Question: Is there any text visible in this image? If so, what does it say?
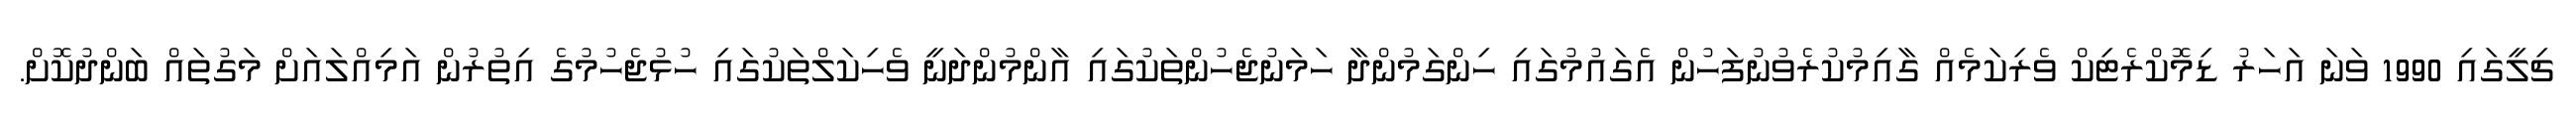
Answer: ޗިލީގައި 1990 ވަނަ އަހަރު ޑިމޮކްރެޓިކް ވެރިކަމެއް ގާއިމުކުރެވުނުފަހުން އެގައުމުގައި ހިންގަމުންދާ ހަމަނުޖެހުންތަކުގައި އާންމުންދަނީ ވެހިކަލްތަކުގައި ހުޅުޖެހުމުގެ އިތުރުން އަމިއްލައަށް މަގުތައް ބަންދުކޮށް.